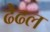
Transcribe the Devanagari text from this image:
ढेढल